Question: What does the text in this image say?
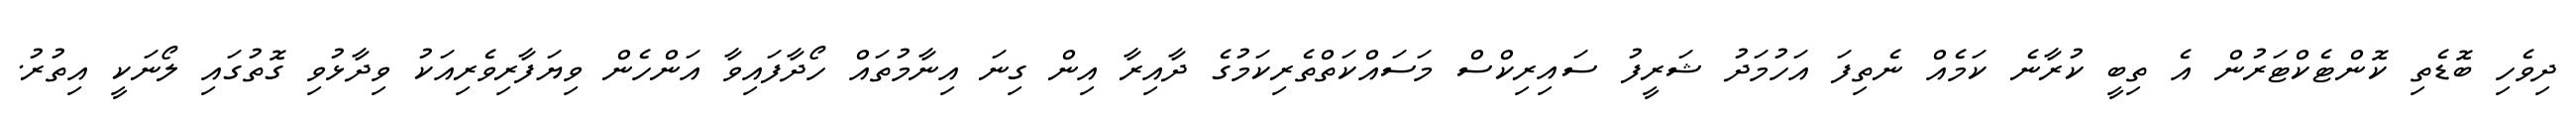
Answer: ދިވެހި ބޮޑެތި ކޮންޓެކްޓަރުން އެ ތިބީ ކުރާނެ ކަމެއް ނެތިފަ އަހުމަދު ޝަރީފު ސައިރިކްސް މަސައްކަތްތެރިކަމުގެ ދާއިރާ އިން ގިނަ އިނާމުތައް ހޯދާފައިވާ އަންހެން ވިޔަފާރިވެރިއަކު ވިދާޅުވި ގޮތުގައި ލޯނަކީ އިތުރު.